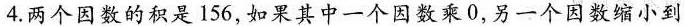
4.两个因数的积是156，如果其中一个因数乘0，另一个因数缩小到